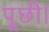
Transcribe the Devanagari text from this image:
पूछी।